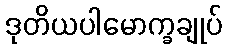
ဒုတိယပါမောက္ခချုပ်